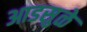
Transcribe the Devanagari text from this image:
आडसुळे